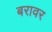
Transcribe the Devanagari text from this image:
बरावर